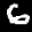
Label: 6